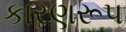
કારણરૂપ